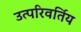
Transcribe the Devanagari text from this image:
उत्परिवर्तिय